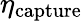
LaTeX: \eta_{\mathrm{capture}}